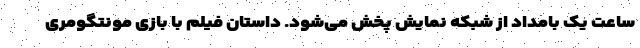
ساعت یک بامداد از شبکه نمایش پخش می‌شود. داستان فیلم با بازی مونتگومری